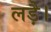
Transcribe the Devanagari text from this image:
लड़ै।